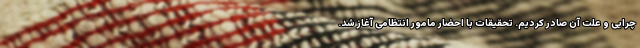
چرایی و علت آن صادر کردیم. تحقیقات با احضار مامور انتظامی آغاز شد.